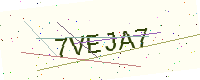
Text: 7VEJA7